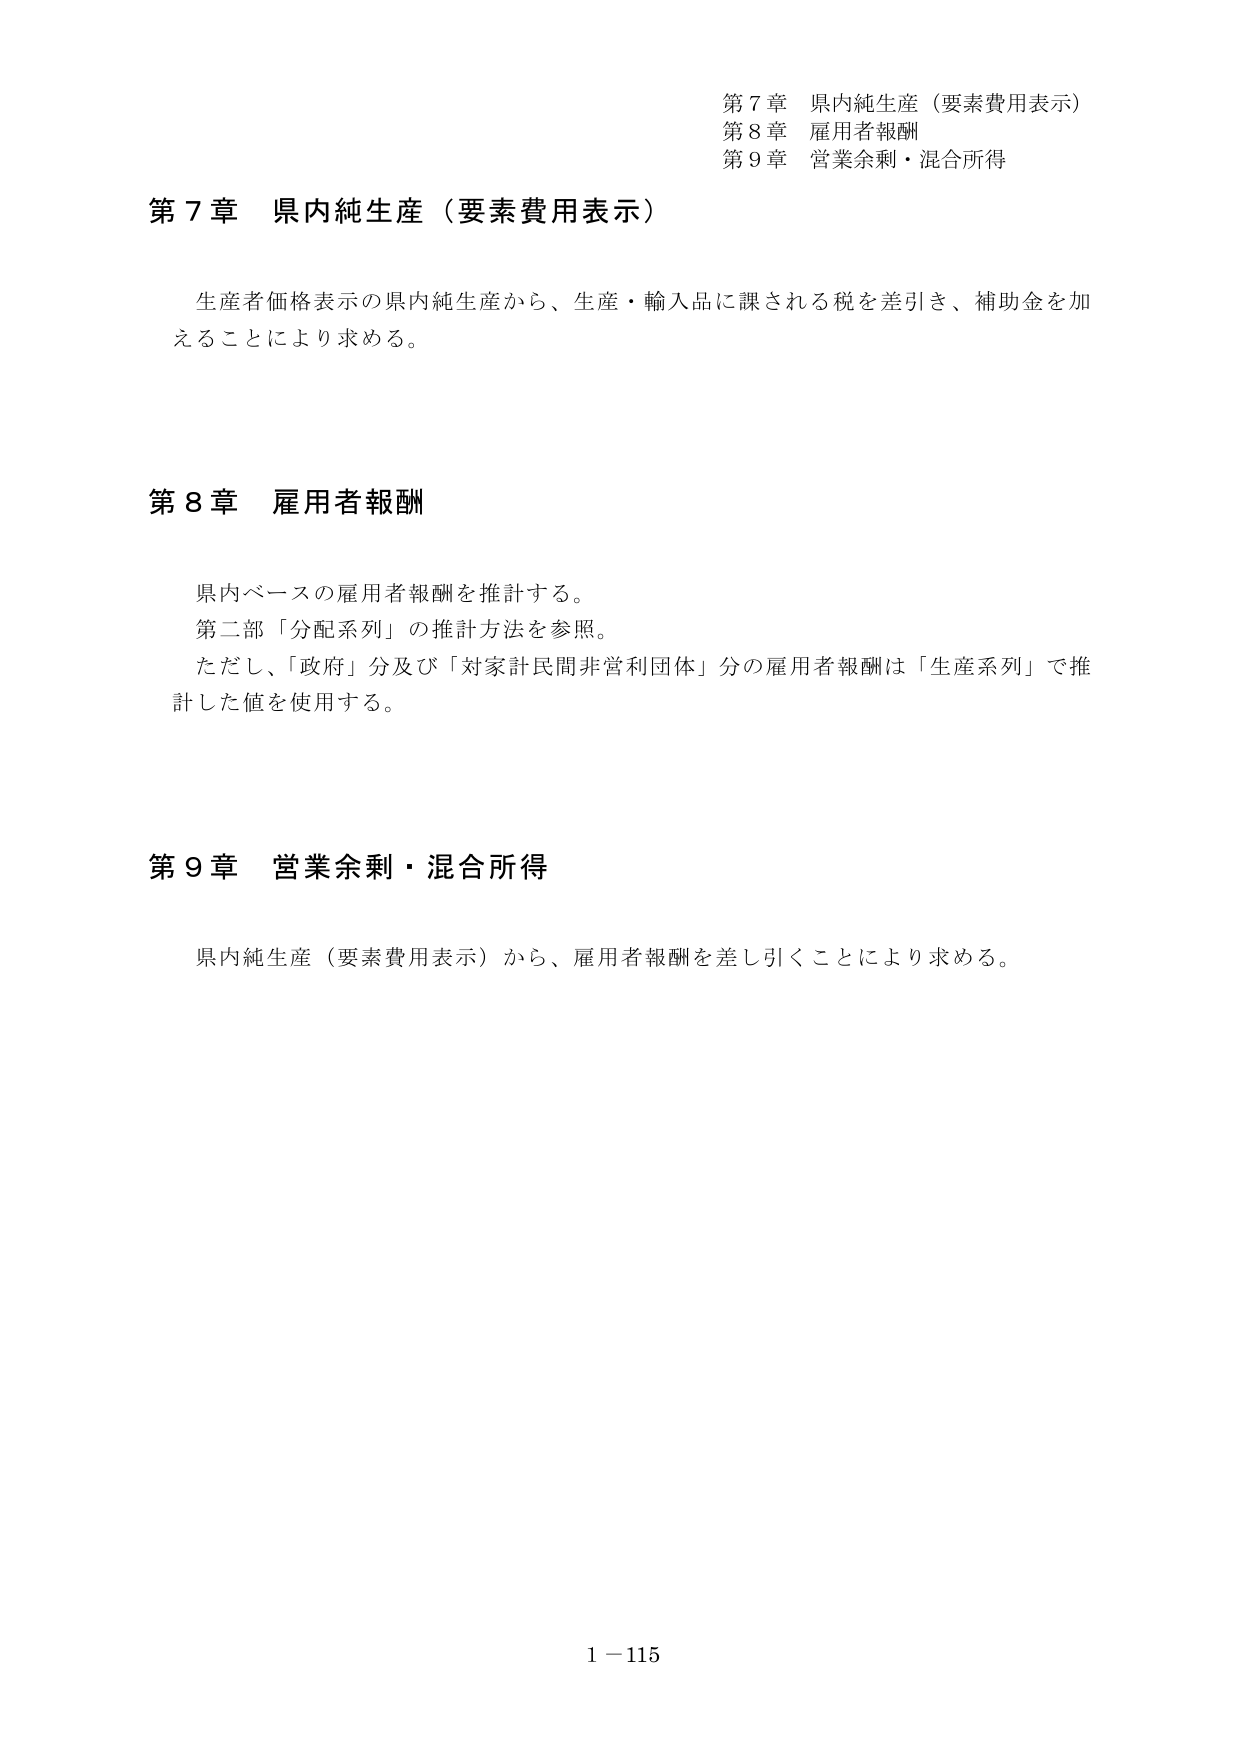
第７章 県内純生産（要素費用表示）
第８章 雇用者報酬
第９章 営業余剰・混合所得

第７章 県内純生産（要素費用表示）

生産者価格表示の県内純生産から、生産・輸入品に課される税を差引き、補助金を加えることにより求める。

第８章 雇用者報酬

県内ベースの雇用者報酬を推計する。
第二部「分配系列」の推計方法を参照。
ただし、「政府」分及び「対家計民間非営利団体」分の雇用者報酬は「生産系列」で推計した値を使用する。

第９章 営業余剰・混合所得

県内純生産（要素費用表示）から、雇用者報酬を差し引くことにより求める。

1－115